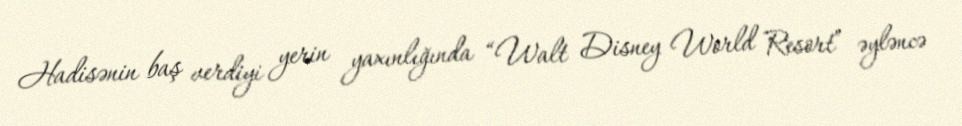
Hadisənin baş verdiyi yerin yaxınlığında “Walt Disney World Resort” əyləncə